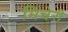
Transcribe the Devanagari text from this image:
मिचेरी